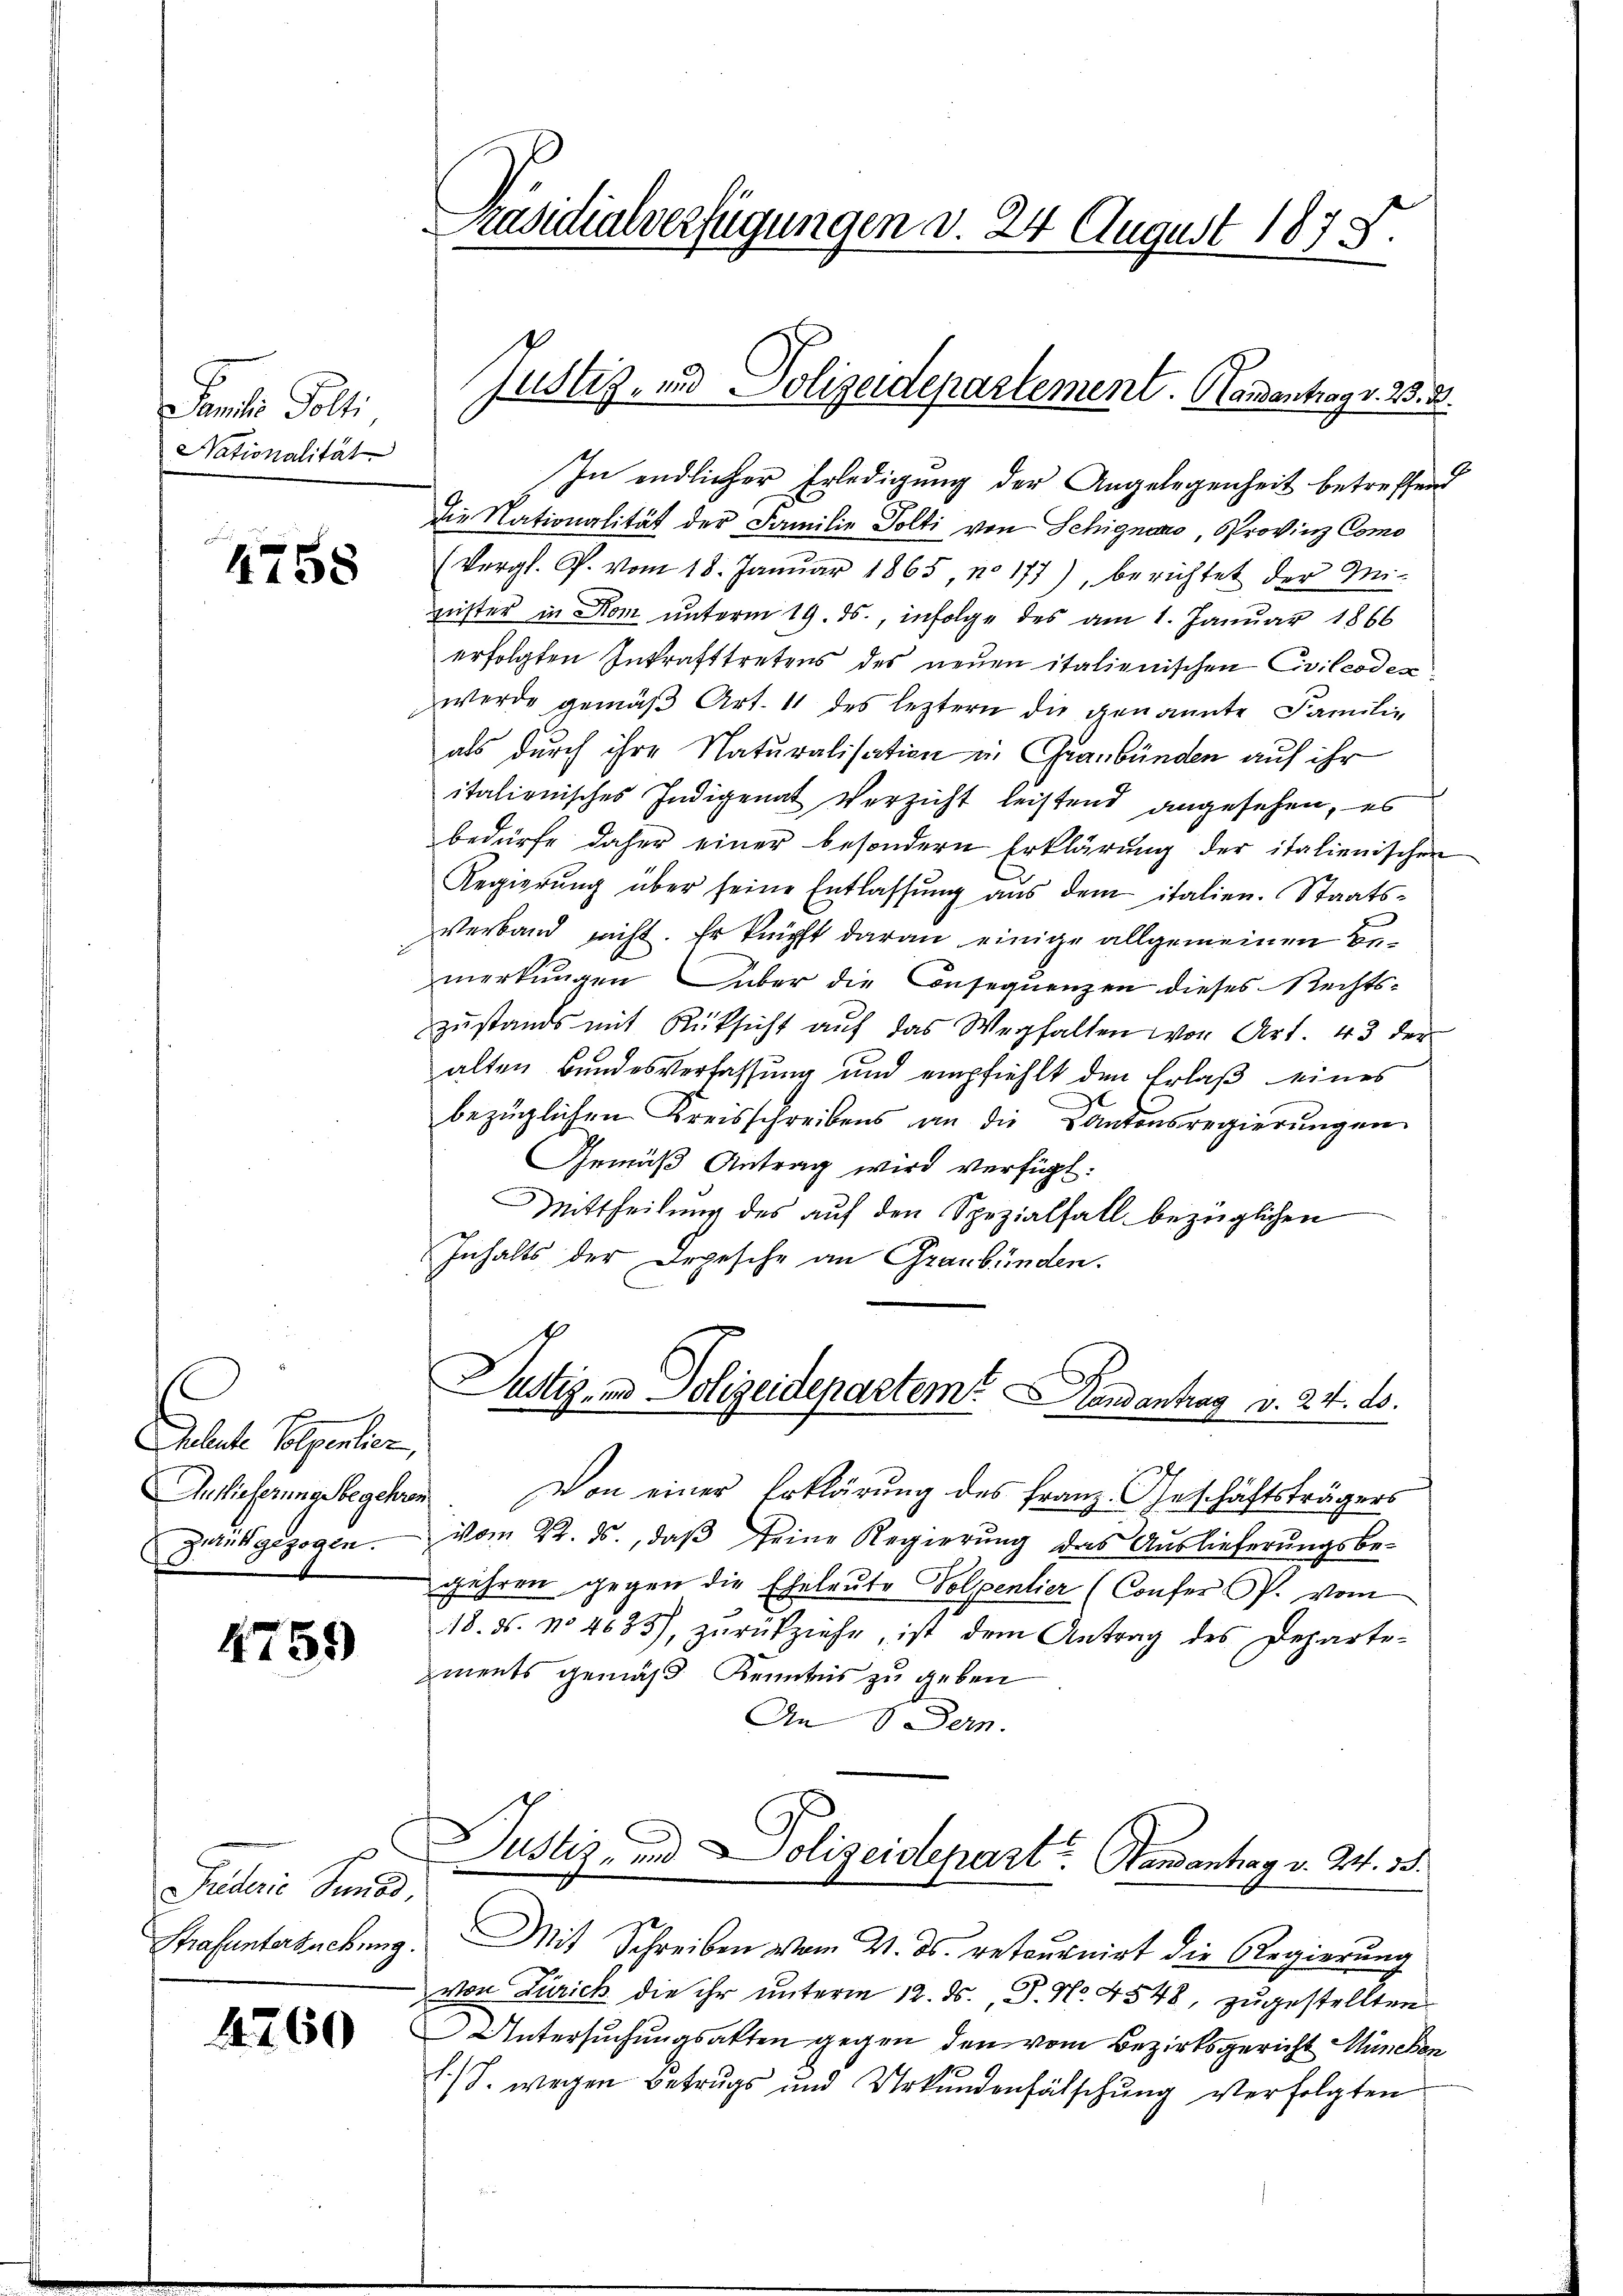
Familie Polli
Nationalität

4758

Pater Schmer
Auslieferung begehren
Zeit gezogen.

4759

Guderie Sund.
Strafuntersuchung.

4260

In endlicher Erledigung der Angelegenheit betreffend
die Nationalität der Familie Polti von Schignano, Provinz Como
(Vergl. P. vom 18. Januar 1865 n 177), berichtet der Mi-
geister in Dom unterm 19. ds., infolge des am 1. Januar 1866
erfolgten Inkrafttretens des neuen italienischen Civilcodex
werde gemäß Art. 11 des leztern die genannte Familie
als durch ihre Naturalisation in Graubünden auf ihr
itationisches Indigenat Verzicht leistend angesehen, es
bedürfe daher einer besondern Erklärung der italienischen
Regierŭng über seine Entlassŭng aŭs dem italien. Staats-
Verband nicht. Er knüpft daran einige allgemeinen Bemerkungen über die Consequenzen dieses Rechts-
zustands mit Rüksicht auf das Wegfalten von Art. 43 der
alten Bundesverfassung und empfiehlt den Erlaß eines
bezüglichen Kreisschreibens an die Kantonsregierungen
Gemäß Antrag wird verfügt:
Mittheilung des auf den Spezialfall bezüglichen
Inhalts der Depesche an Graubünden.

Präsidialverfügungen d. 24 August 1875.

Justiz- und Polizeidepartement. Handentrag v. 23. 3.

Justiz, in Polizeidepartem Handantrag v. 24. 15.

Von einer Erklärung des Franz. Geschäftsträgers
vom 22. ds., daß seine Regierung das Auslieferungsbe-
gehren gegen die Eheleute Volpentier (Confer P. vom
18. ds. No 4633), zŭrückziehe, ist dem Antrag des Departe-
zments gemäß Kenntnis zu geben
An 86 Dern.
Justiz- und Polizeidepart Handantrag v. 2. 35.
Mit Schreiben vom 4. ds. retournirt die Regierung
 von Zürich die ihr unterm 12. ds., P. No. 4548, zugestellten
Untersuchungsakten gegen den vom Bezirksgericht München
1./8. wegen Betrugs und Urkundenfälschung verfolgten